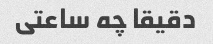
دقیقا چه ساعتی